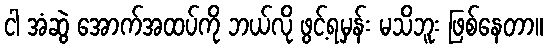
ငါ အံဆွဲ အောက်အထပ်ကို ဘယ်လို ဖွင့်ရမှန်း မသိဘူး ဖြစ်နေတာ။